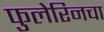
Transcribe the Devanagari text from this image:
फुलेरिनचा